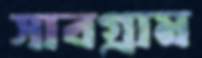
সাবগ্রাম